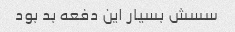
سسش بسیار این دفعه بد بود